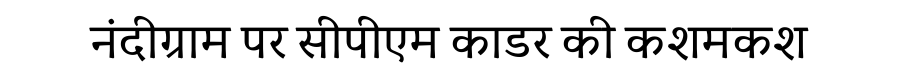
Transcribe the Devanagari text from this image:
नंदीग्राम पर सीपीएम काडर की कशमकश